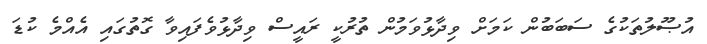
އުޞޫލުތަކުގެ ސަބަބުން ކަމަށް ވިދާޅުވަމުން ތުރުކީ ރައީސް ވިދާޅުވެފައިވާ ގޮތުގައި އެއްމެ ކުޑަ